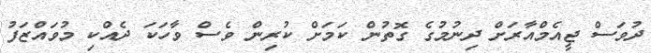
ދުވަސް ޖީއެމްއާރަށް ދިނުމުގެ ގޮތުން ކަމަށް ކުރިން ވެސް ވާހަކަ ދެއްކި މުވައްޒަފު